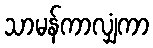
သာမန်ကာလျှံကာ